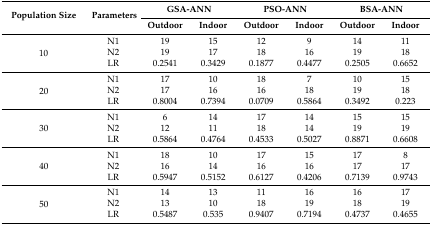
| <ROWSPAN=2> Population Size | <ROWSPAN=2> Parameters | <COLSPAN=2> GSA-ANN | <COLSPAN=2> PSO-ANN | <COLSPAN=2> BSA-ANN |
 | Outdoor | Indoor | Outdoor | Indoor | Outdoor | Indoor |
 | --- | --- | --- | --- | --- | --- | --- | --- |
 | <ROWSPAN=3> 10 | N1 | 19 | 15 | 12 | 9 | 14 | 11 |
 | N2 | 19 | 17 | 18 | 16 | 19 | 18 |
 | LR | 0.2541 | 0.3429 | 0.1877 | 0.4477 | 0.2505 | 0.6652 |
 | <ROWSPAN=3> 20 | N1 | 17 | 10 | 18 | 7 | 10 | 15 |
 | N2 | 17 | 16 | 16 | 18 | 19 | 18 |
 | LR | 0.8004 | 0.7394 | 0.0709 | 0.5864 | 0.3492 | 0.223 |
 | <ROWSPAN=3> 30 | N1 | 6 | 14 | 17 | 14 | 15 | 15 |
 | N2 | 12 | 11 | 18 | 14 | 19 | 19 |
 | LR | 0.5864 | 0.4764 | 0.4533 | 0.5027 | 0.8871 | 0.6608 |
 | <ROWSPAN=3> 40 | N1 | 18 | 10 | 17 | 15 | 17 | 8 |
 | N2 | 16 | 14 | 16 | 16 | 17 | 17 |
 | LR | 0.5947 | 0.5152 | 0.6127 | 0.4206 | 0.7139 | 0.9743 |
 | <ROWSPAN=3> 50 | N1 | 14 | 13 | 11 | 16 | 16 | 17 |
 | N2 | 13 | 10 | 18 | 19 | 18 | 19 |
 | LR | 0.5487 | 0.535 | 0.9407 | 0.7194 | 0.4737 | 0.4655 |